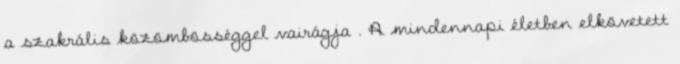
a szakrális közömbösséggel vairágja . A mindennapi életben elkövetett